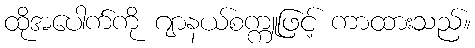
ထိုအပေါက်ကို ဂျာနယ်စက္ကူဖြင့် ကာထားသည်။